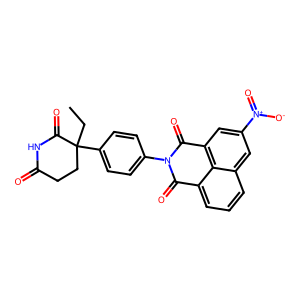
SMILES: CCC1(c2ccc(N3C(=O)c4cccc5cc([N+](=O)[O-])cc(c45)C3=O)cc2)CCC(=O)NC1=O
Inhibits HIV replication: No